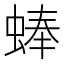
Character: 蜯